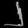
Digit: ၂